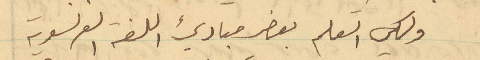
ولكي اتعلم بعض مبادئ اللغة الفرنسوية